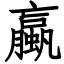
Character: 蠃